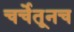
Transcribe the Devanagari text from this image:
चर्चेतूनच